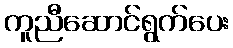
ကူညီဆောင်ရွက်ပေး